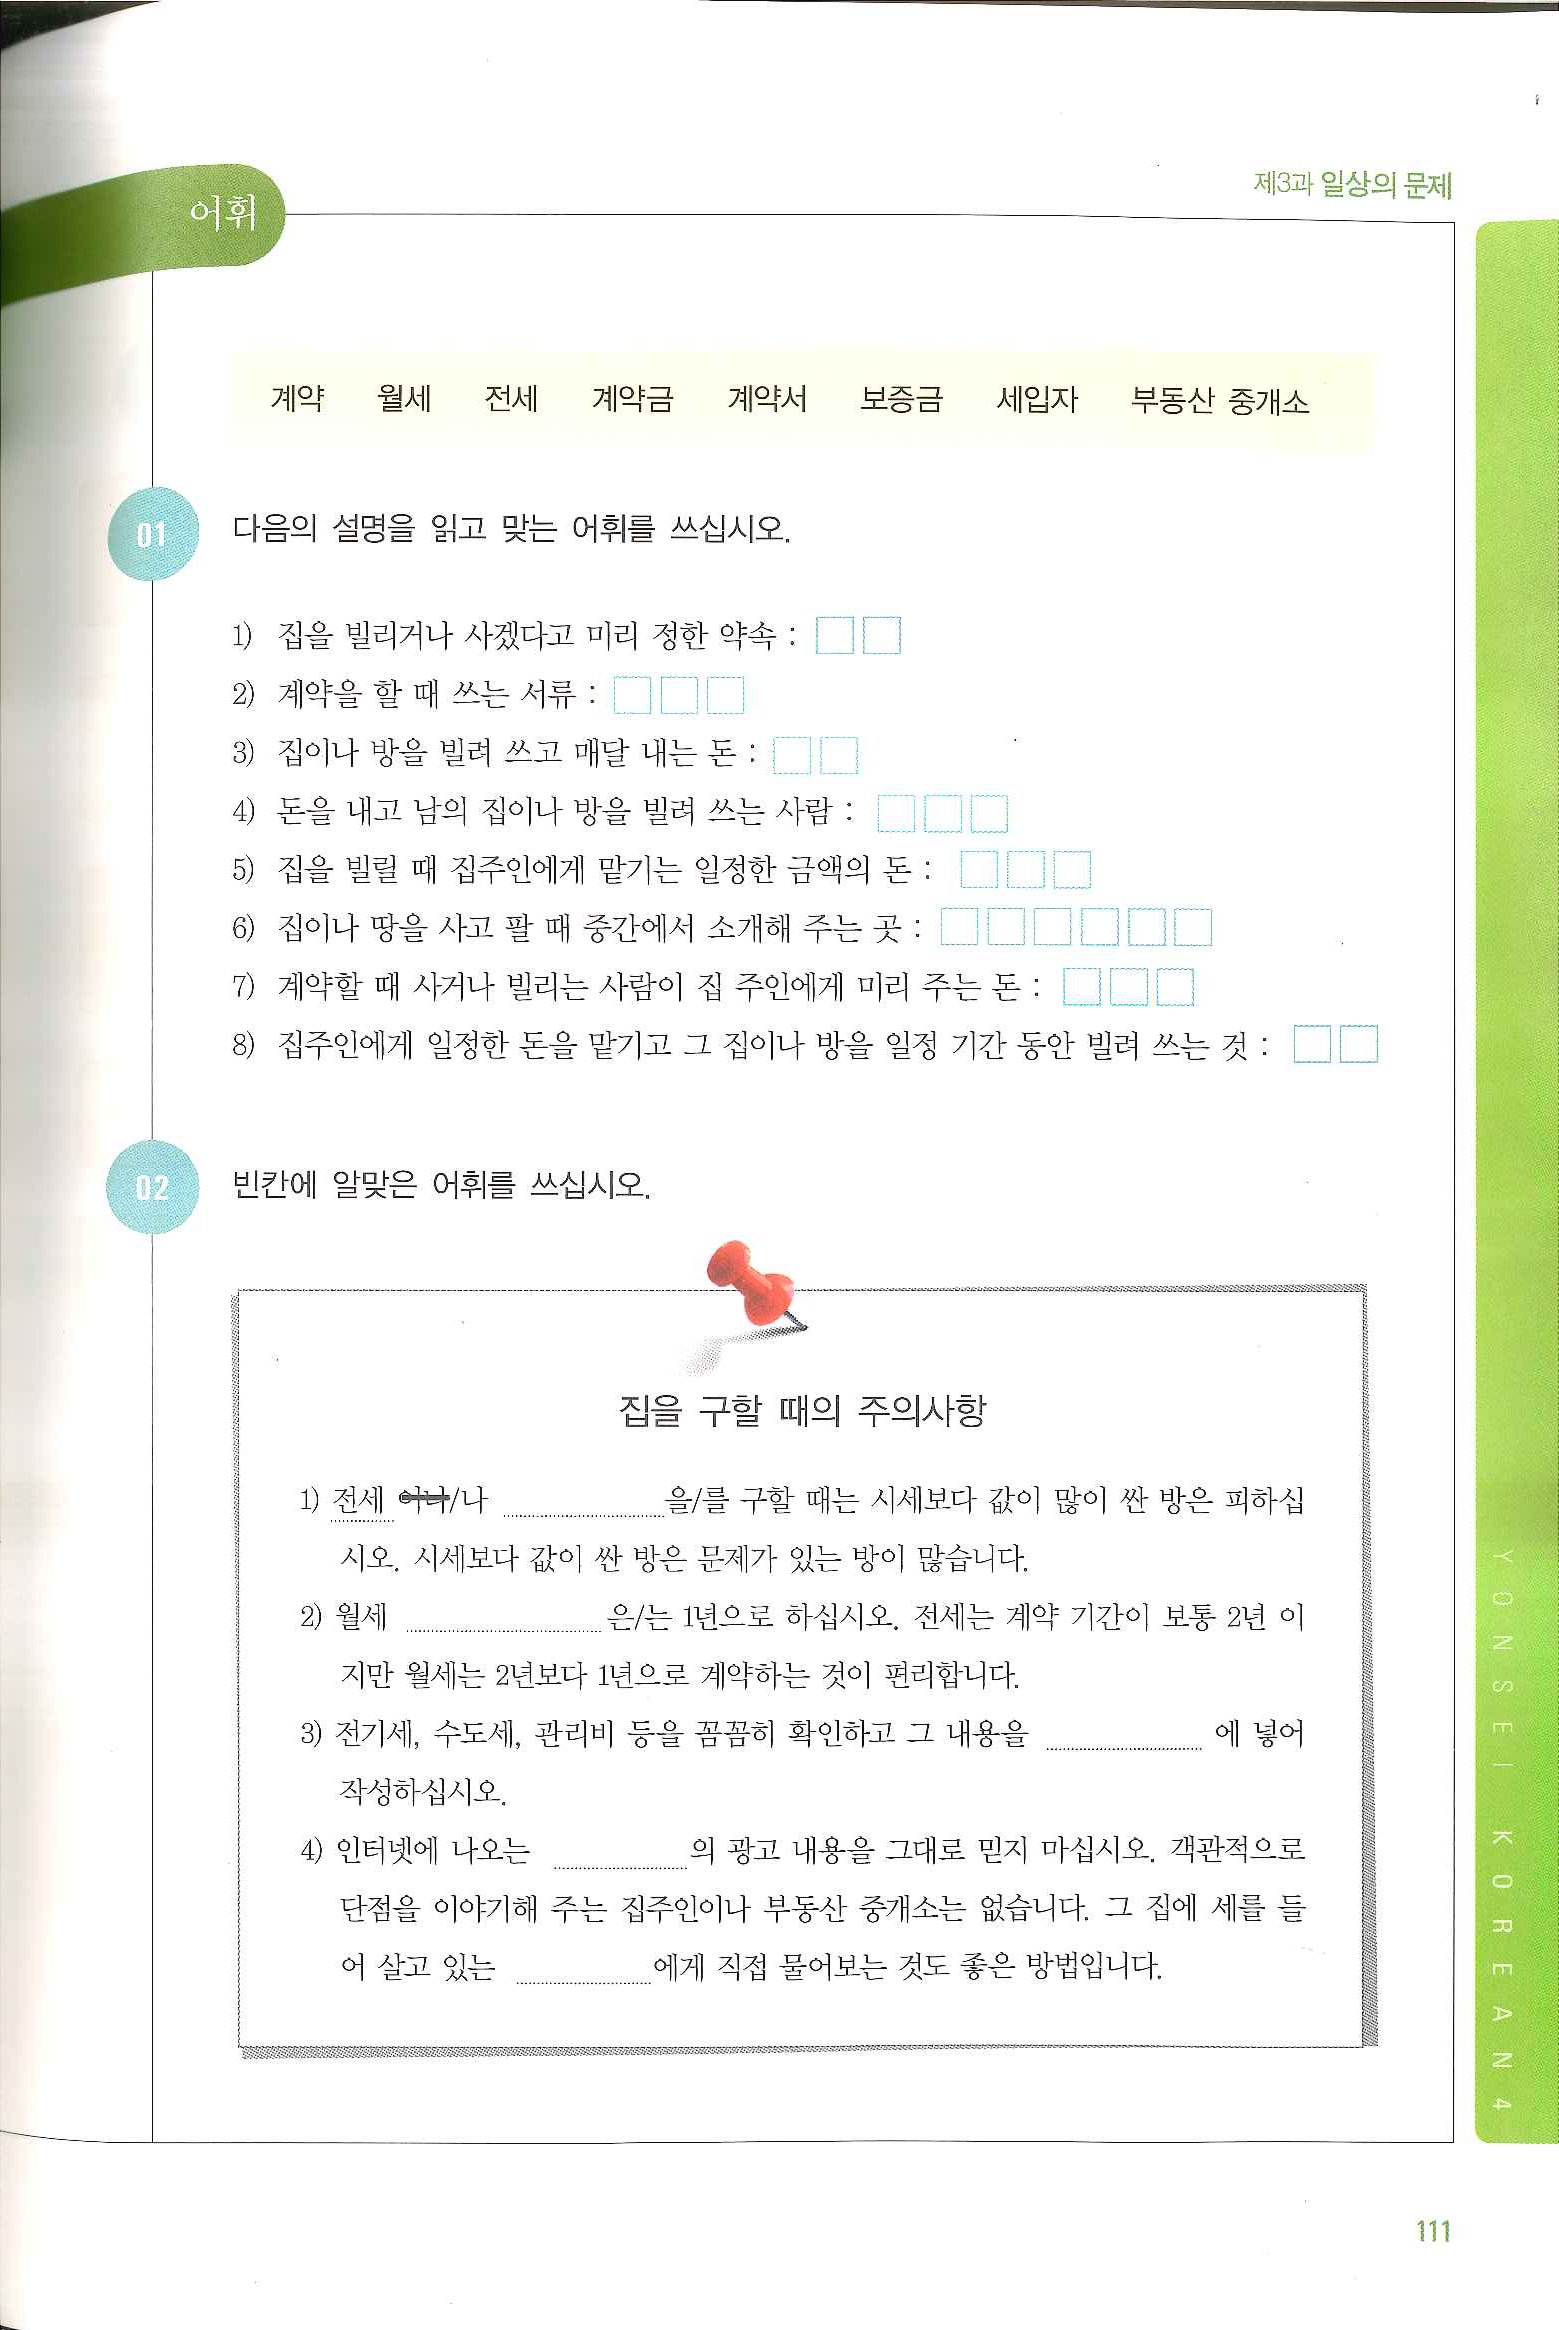
Language: ko